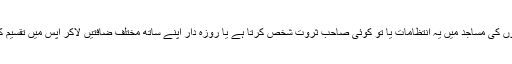
کئی علاقوں کی مساجد میں یہ انتظامات یا تو کوئی صاحب ثروت شخص کرتا ہے یا روزہ دار اپنے ساتھ مختلف ضافتیں لاکر آپس میں تقسیم کرتے ہی۔